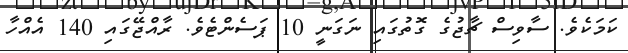
ކަމަކެވެ. ސާވިސް ޗާޖުގެ ގޮތުގައި ނަގަނީ 10 ޕަސެންޓެވެ. ރާއްޖޭގައި 140 އެއްހާ